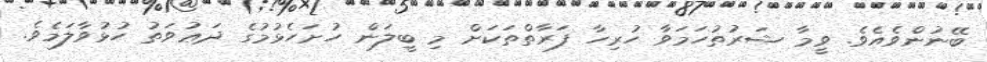
ބޭނުންވެއެވެ. ވީމާ ޝަރުތުހަމަވާ ހުރިހާ ފަރާތްތަކަށް މި ބީލަން ހުށަހެޅުމުގެ ދަޢުވަތު ހުޅުވާލަމެވެ.